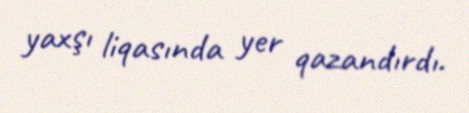
yaxşı liqasında yer qazandırdı.